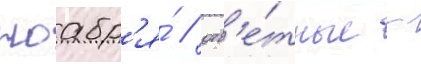
ноабр'я́ / отв'е́тные -